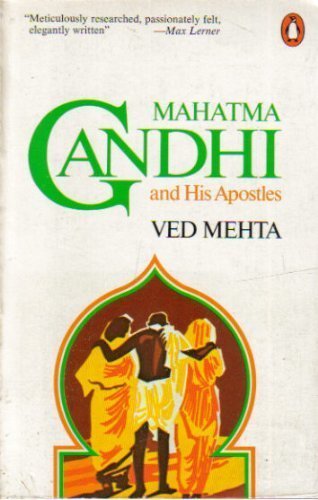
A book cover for Mahatma Gandhi and his Apostles; Ved Mehta; Religion & Spirituality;